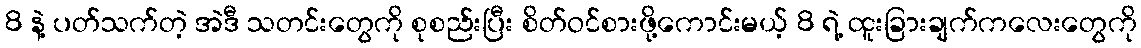
8 နဲ့ ပတ်သက်တဲ့ အဲဒီ သတင်းတွေကို စုစည်းပြီး စိတ်ဝင်စားဖို့ကောင်းမယ့် 8 ရဲ့ ထူးခြားချက်ကလေးတွေကို